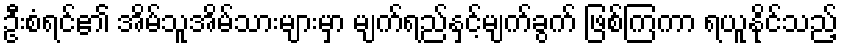
ဦးစံရင်၏ အိမ်သူအိမ်သားများမှာ မျက်ရည်နှင့်မျက်ခွက် ဖြစ်ကြကာ ရယူနိုင်သည့်